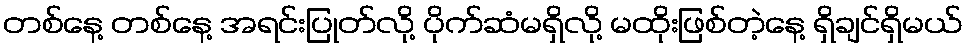
တစ်နေ့ တစ်နေ့ အရင်းပြုတ်လို့ ပိုက်ဆံမရှိလို့ မထိုးဖြစ်တဲ့နေ့ ရှိချင်ရှိမယ်